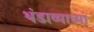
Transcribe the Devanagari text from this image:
थंडाव्याच्या